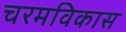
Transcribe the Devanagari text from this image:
चरमविकास